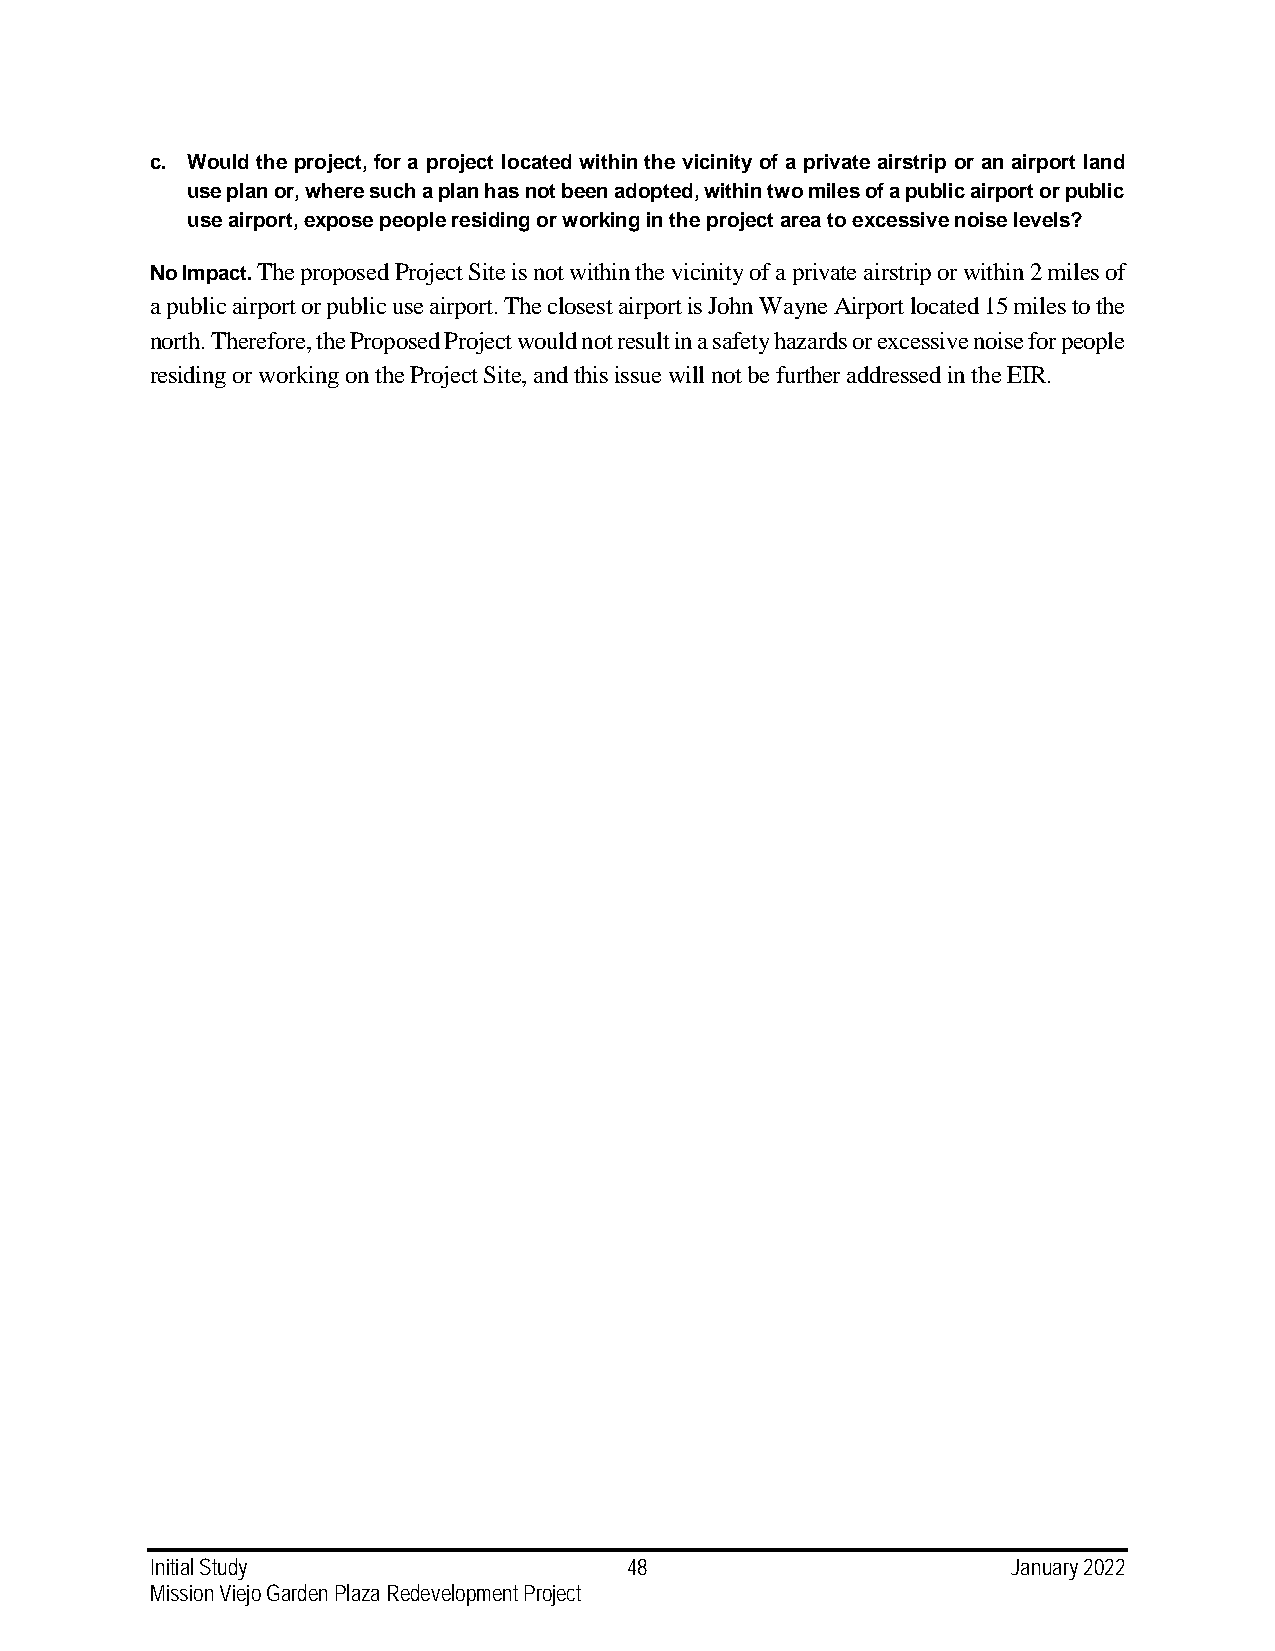
c. Would the project, for a project located within the vicinity of a private airstrip or an airport land
 use plan or, where such a plan has not been adopted, within two miles of a public airport or public
 use airport, expose people residing or working in the project area to excessive noise levels?
 No Impact. The proposed Project Site is not within the vicinity of a private airstrip or within 2 miles of
 a public airport or public use airport. The closest airport is John Wayne Airport located 15 miles to the
 north. Therefore, the Proposed Project would not result in a safety hazards or excessive noise for people
 residing or working on the Project Site, and this issue will not be further addressed in the EIR.
 Initial Study                   48                       January 2022
 Mission Viejo Garden Plaza Redevelopment Project